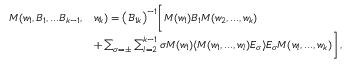
\begin{array} { r l } { M ( w _ { 1 } , B _ { 1 } , . . . B _ { k - 1 } , } & { w _ { k } ) = \big ( \mathcal { B } _ { 1 k } \big ) ^ { - 1 } \bigg [ M ( w _ { 1 } ) B _ { 1 } M ( w _ { 2 } , . . . , w _ { k } ) } \\ & { + \sum _ { \sigma = \pm } \sum _ { l = 2 } ^ { k - 1 } \sigma M ( w _ { 1 } ) \langle M ( w _ { 1 } , . . . , w _ { l } ) E _ { \sigma } \rangle E _ { \sigma } M ( w _ { l } , . . . , w _ { k } ) \bigg ] \, , } \end{array}